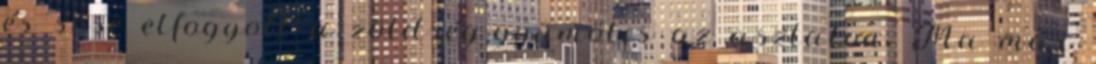
és sose elfogyott a zöldség-gyümölcs az asztalon. Ma már